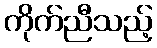
ကိုက်ညီသည့်